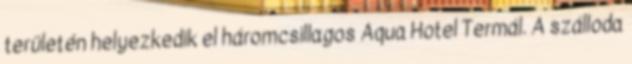
területén helyezkedik el háromcsillagos Aqua Hotel Termál. A szálloda